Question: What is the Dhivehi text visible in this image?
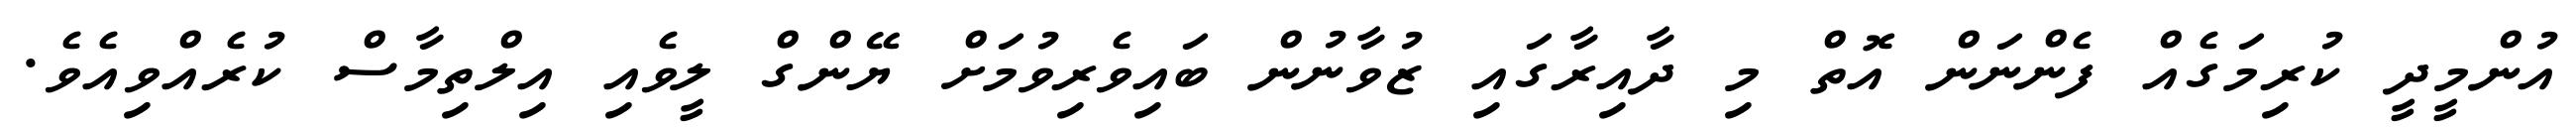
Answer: އުންމީދީ ކުރިމަގެއް ފެންނަން އޮތް މި ދާއިރާގައި ޒުވާނުން ބައިވެރިވުމަށް ޔޭންގް ލީވެއި އިލްތިމާސް ކުރެއްވިއެވެ.